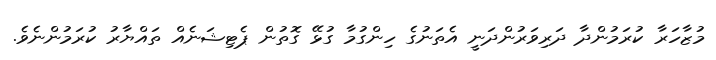
މުޒާހަރާ ކުރަމުންދާ ދަރިވަރުންދަނީ އެތަނުގެ ހިންގުމާ ގުޅޭ ގޮތުން ޕެޓިޝަނެއް ތައްޔާރު ކުރަމުންނެވެ.